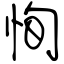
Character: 恂